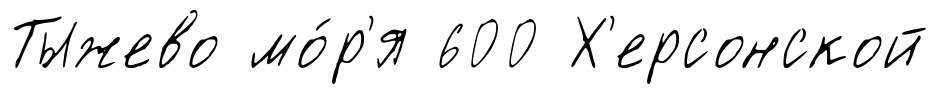
Тыжево мо́р'я 600 Х'ерсонской